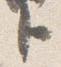
ト